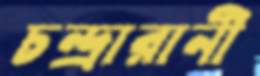
চন্দ্রারানী